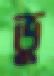
ভু